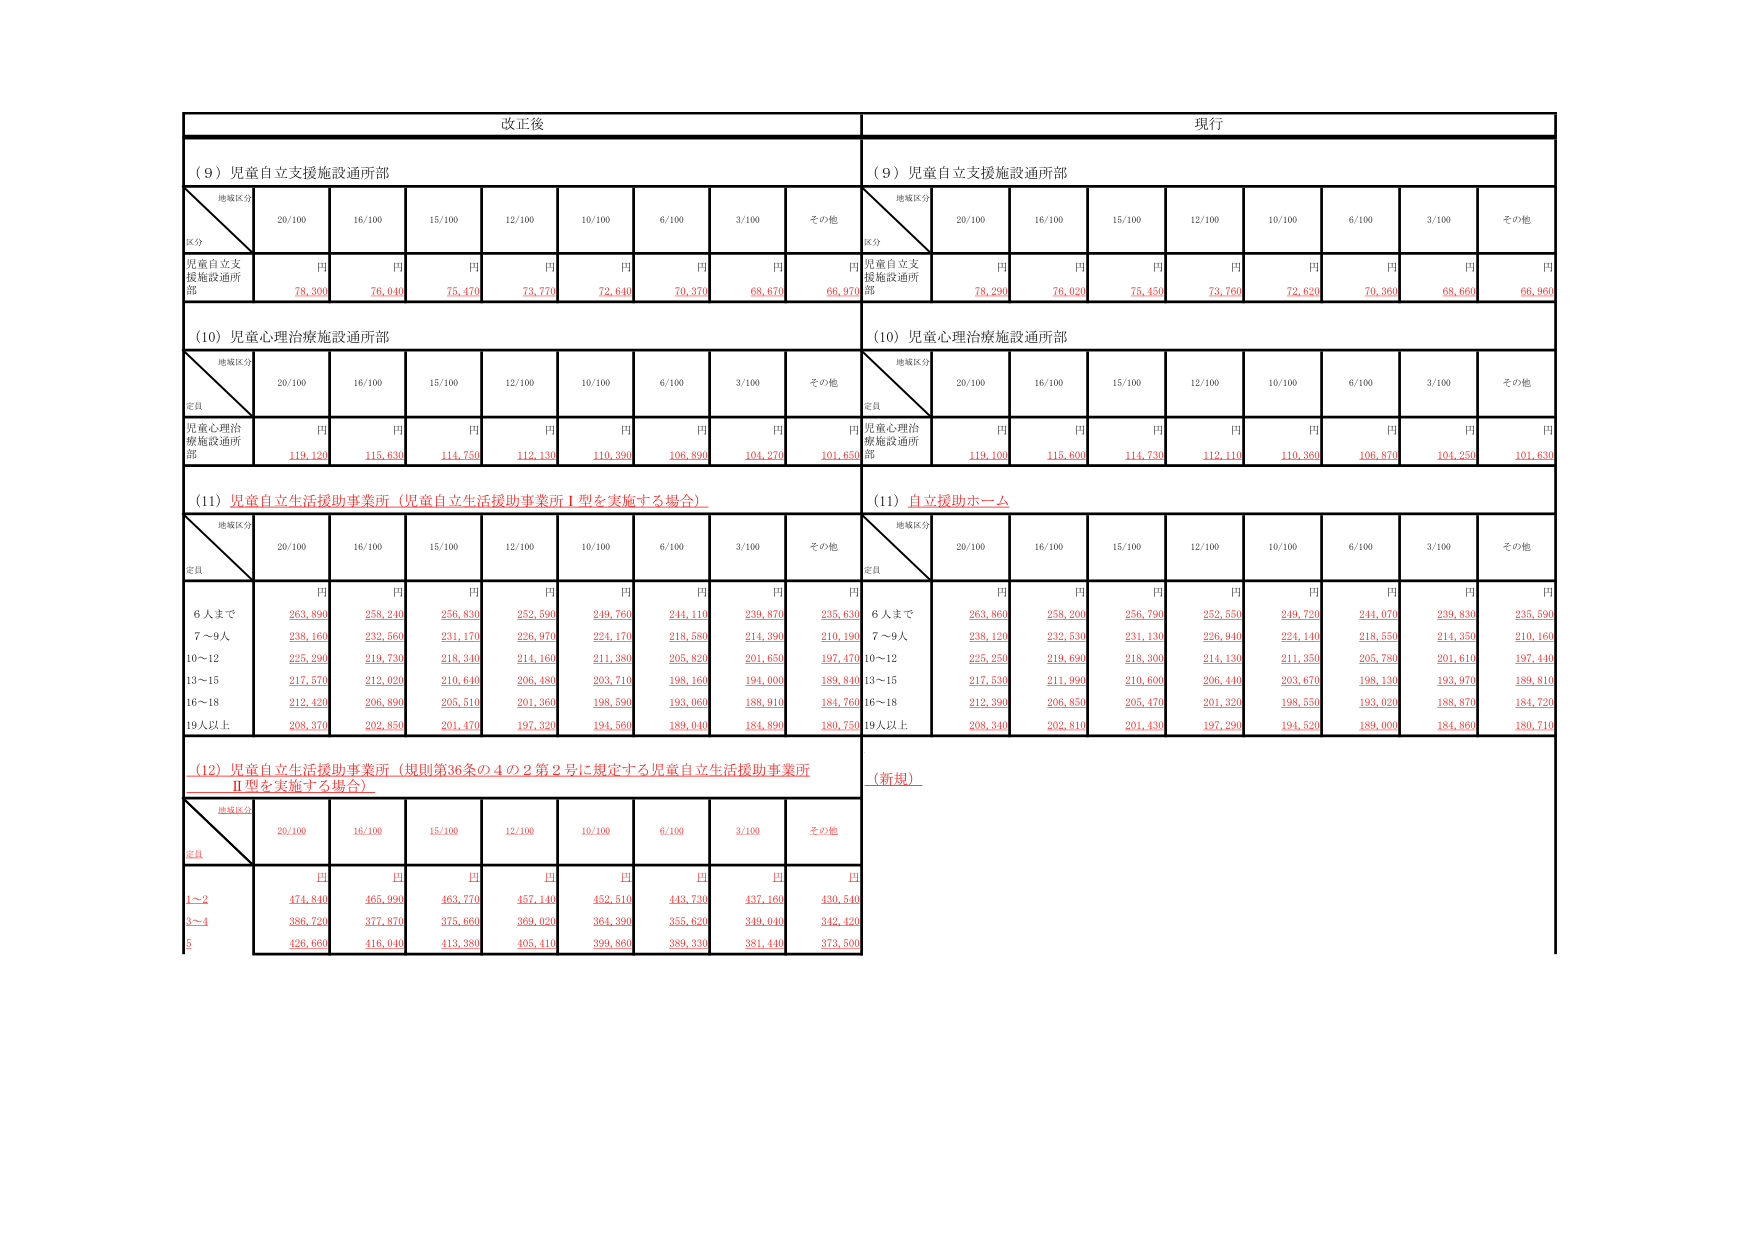
改正後
現行
（９）児童自立支援施設通所部
（９）児童自立支援施設通所部
地域区分
20/100
16/100
15/100
12/100
10/100
6/100
3/100
その他
地域区分
20/100
16/100
15/100
12/100
10/100
6/100
3/100
その他
児童自立支援施設通所部
円
78,300
円
76,040
円
75,470
円
73,770
円
72,640
円
70,370
円
68,670
円
66,970
児童自立支援施設通所部
円
78,290
円
76,020
円
75,450
円
73,760
円
72,620
円
70,360
円
68,660
円
66,960
（10）児童心理治療施設通所部
（10）児童心理治療施設通所部
地域区分
20/100
16/100
15/100
12/100
10/100
6/100
3/100
その他
地域区分
20/100
16/100
15/100
12/100
10/100
6/100
3/100
その他
児童心理治療施設通所部
円
119,120
円
115,630
円
114,750
円
112,130
円
110,390
円
106,890
円
104,270
円
101,650
児童心理治療施設通所部
円
119,100
円
115,600
円
114,730
円
112,110
円
110,360
円
106,870
円
104,250
円
101,630
（11）児童自立生活援助事業所（児童自立生活援助事業所Ⅰ型を実施する場合）
（11）自立援助ホーム
地域区分
20/100
16/100
15/100
12/100
10/100
6/100
3/100
その他
地域区分
20/100
16/100
15/100
12/100
10/100
6/100
3/100
その他
6人まで
円
263,890
円
258,240
円
256,830
円
252,590
円
249,760
円
244,110
円
239,870
円
235,630
6人まで
円
263,860
円
258,200
円
256,790
円
252,550
円
249,720
円
244,070
円
239,830
円
235,590
7～9人
円
238,160
円
232,560
円
231,170
円
226,970
円
224,170
円
218,580
円
214,390
円
210,190
7～9人
円
238,120
円
232,530
円
231,130
円
226,940
円
224,140
円
218,550
円
214,350
円
210,160
10～12
円
225,290
円
219,730
円
218,340
円
214,160
円
211,380
円
205,820
円
201,650
円
197,470
10～12
円
225,250
円
219,690
円
218,300
円
214,130
円
211,350
円
205,780
円
201,610
円
197,440
13～15
円
217,570
円
212,020
円
210,640
円
206,480
円
203,710
円
198,160
円
194,000
円
189,840
13～15
円
217,530
円
211,990
円
210,600
円
206,440
円
203,670
円
198,130
円
193,970
円
189,810
16～18
円
212,420
円
206,890
円
205,510
円
201,360
円
198,590
円
193,060
円
188,910
円
184,760
16～18
円
212,390
円
206,850
円
205,470
円
201,320
円
198,550
円
193,020
円
188,870
円
184,720
19人以上
円
208,370
円
202,850
円
201,470
円
197,320
円
194,560
円
189,040
円
184,890
円
180,750
19人以上
円
208,340
円
202,810
円
201,430
円
197,290
円
194,520
円
189,000
円
184,860
円
180,710
（12）児童自立生活援助事業所（規則第36条の4の2第2号に規定する児童自立生活援助事業所Ⅱ型を実施する場合）
（新規）
地域区分
20/100
16/100
15/100
12/100
10/100
6/100
3/100
その他
1～2
円
474,840
円
465,990
円
463,770
円
457,140
円
452,510
円
443,730
円
437,160
円
430,540
3～4
円
386,720
円
377,870
円
375,660
円
369,020
円
364,390
円
355,620
円
349,040
円
342,420
5
円
426,660
円
416,040
円
413,380
円
405,410
円
399,860
円
389,330
円
381,440
円
373,500